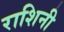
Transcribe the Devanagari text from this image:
राशिनी